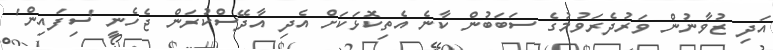
އަދި ޒުވާނުން ވަރުދެރަވުމުގެ ސަބަބުން ކާނެ އެތިކޮޅަކަށް އެދި އާދޭސްކުރަން ޖެހެނީ 'ސިފައިން'